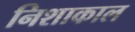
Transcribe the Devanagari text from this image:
निशाकाल